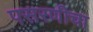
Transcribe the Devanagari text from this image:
पसरणीचा